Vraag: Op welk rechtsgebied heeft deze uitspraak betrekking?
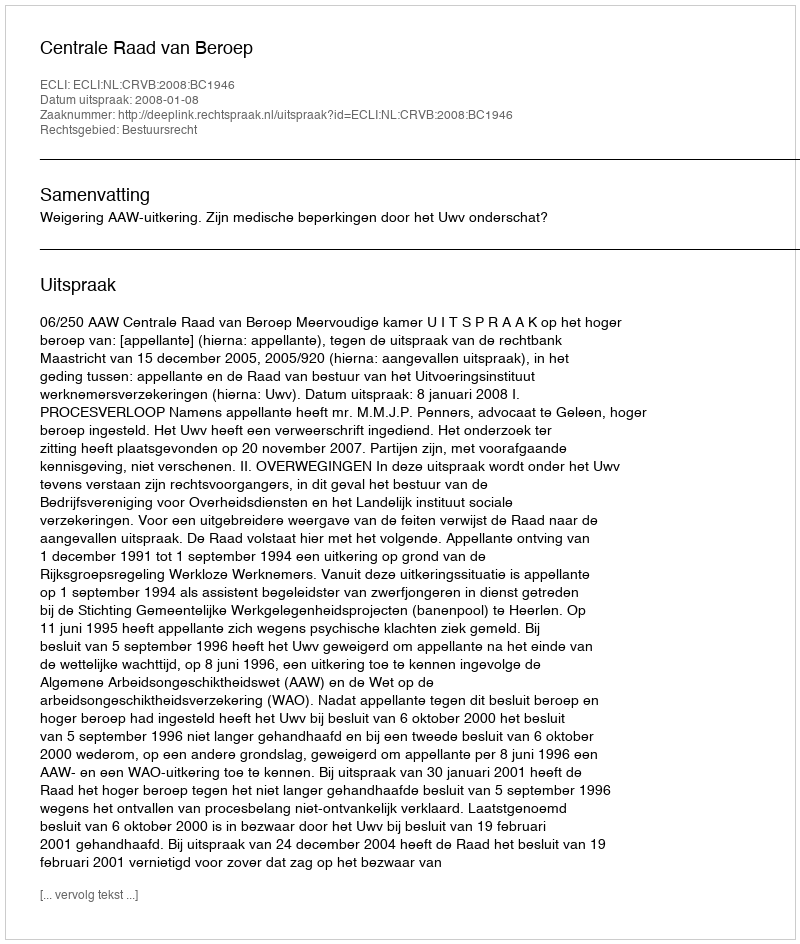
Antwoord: Bestuursrecht